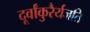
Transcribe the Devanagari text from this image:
दूर्वांकुरैर्यजति